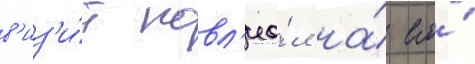
в'из'и́т повл'иа́л на́ его́